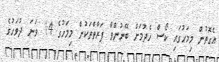
އެގޮތުން މިމަހުގައި ކޯސް ހެދުމަށް ބޭނުންވާ ފަރާތްތަކުން މިމަހުގެ 14 ވަނަ ދުވަހުގެ